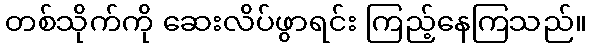
တစ်သိုက်ကို ဆေးလိပ်ဖွာရင်း ကြည့်နေကြသည်။